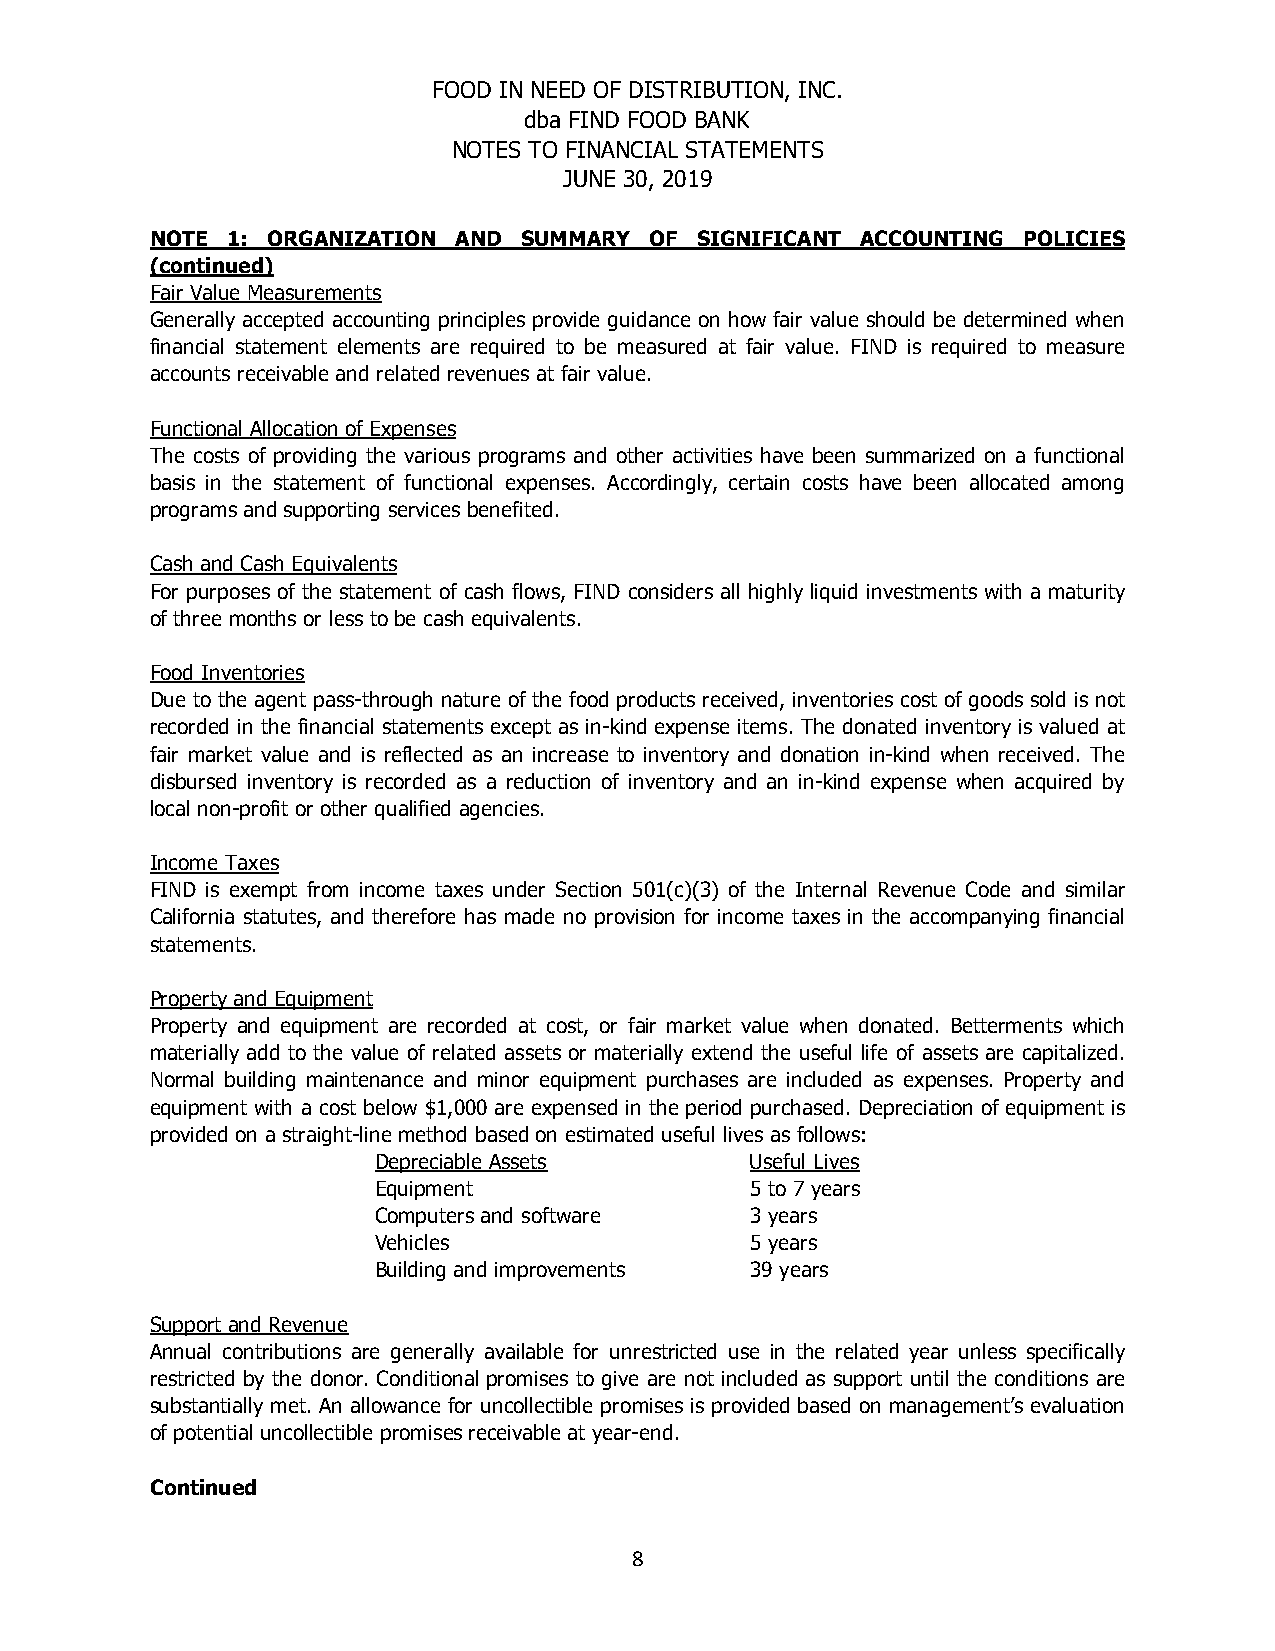
FOOD IN NEED OF DISTRIBUTION, INC.
 dba FIND FOOD BANK
 NOTES TO FINANCIAL STATEMENTS
 JUNE 30, 2019
 NOTE 1: ORGANIZATION AND SUMMARY OF SIGNIFICANT ACCOUNTING POLICIES
 (continued)
 Fair Value Measurements
 Generally accepted accounting principles provide guidance on how fair value should be determined when
 financial statement elements are required to be measured at fair value. FIND is required to measure
 accounts receivable and related revenues at fair value.
 Functional Allocation of Expenses
 The costs of providing the various programs and other activities have been summarized on a functional
 basis in the statement of functional expenses. Accordingly, certain costs have been allocated among
 programs and supporting services benefited.
 Cash and Cash Equivalents
 For purposes of the statement of cash flows, FIND considers all highly liquid investments with a maturity
 of three months or less to be cash equivalents.
 Food Inventories
 Due to the agent pass-through nature of the food products received, inventories cost of goods sold is not
 recorded in the financial statements except as in-kind expense items. The donated inventory is valued at
 fair market value and is reflected as an increase to inventory and donation in-kind when received. The
 disbursed inventory is recorded as a reduction of inventory and an in-kind expense when acquired by
 local non-profit or other qualified agencies.
 Income Taxes
 FIND is exempt from income taxes under Section 501(c)(3) of the Internal Revenue Code and similar
 California statutes, and therefore has made no provision for income taxes in the accompanying financial
 statements.
 Property and Equipment
 Property and equipment are recorded at cost, or fair market value when donated. Betterments which
 materially add to the value of related assets or materially extend the useful life of assets are capitalized.
 Normal building maintenance and minor equipment purchases are included as expenses. Property and
 equipment with a cost below $1,000 are expensed in the period purchased. Depreciation of equipment is
 provided on a straight-line method based on estimated useful lives as follows:
 Depreciable Assets       Useful Lives
 Equipment                5 to 7 years
 Computers and software   3 years
 Vehicles                 5 years
 Building and improvements 39 years
 Support and Revenue
 Annual contributions are generally available for unrestricted use in the related year unless specifically
 restricted by the donor. Conditional promises to give are not included as support until the conditions are
 substantially met. An allowance for uncollectible promises is provided based on management’s evaluation
 of potential uncollectible promises receivable at year-end.
 Continued
 8